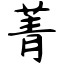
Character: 菁